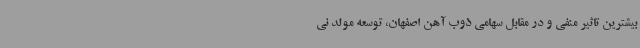
بیشترین تاثیر منفی و در مقابل سهامی ذوب آهن اصفهان، توسعه مولد نی